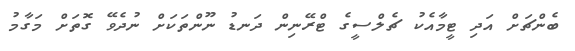
ބެންޗަށް އަދި ޓީމާއެކު ޗެލްސީގެ ޓްރޭނިން ދަނޑު ނޫންތަކަށް ނުދެވޭ ގޮތަށް މަގާމު